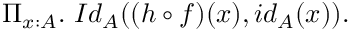
\Pi _ { x : A } . \ I d _ { A } ( ( h \circ f ) ( x ) , i d _ { A } ( x ) ) .